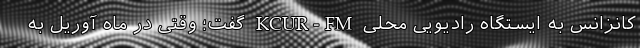
کانزانس به ایستگاه رادیویی محلی KCUR-FM گفت؛ وقتی در ماه آوریل به